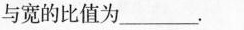
与宽的比值为___.